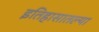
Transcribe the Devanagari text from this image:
इतिहासातल्या